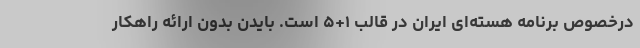
درخصوص برنامه هسته‌ای ایران در قالب ۱+۵ است. بایدن بدون ارائه راهکار